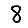
Digit: 8